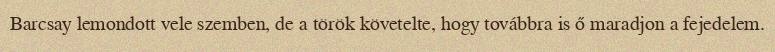
Barcsay lemondott vele szemben, de a török követelte, hogy továbbra is ő maradjon a fejedelem.